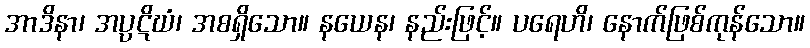
အာဒိနာ၊ အပ္ပဋိဃံ၊ အစရှိသော။ နယေန၊ နည်းဖြင့်။ ပရေဟိ၊ နောက်ဖြစ်ကုန်သော။